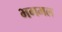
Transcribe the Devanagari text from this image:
भगमल